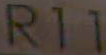
R11